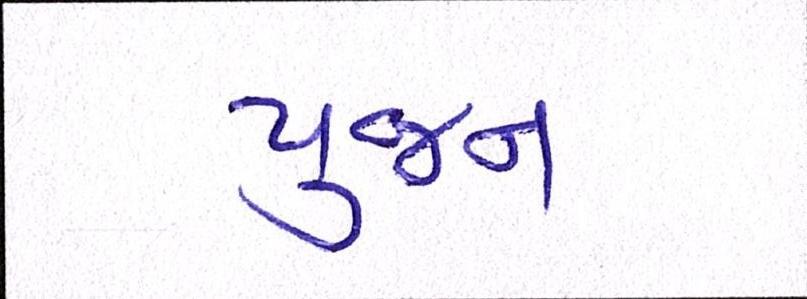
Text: પુજન